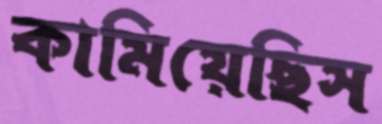
কামিয়েছিস